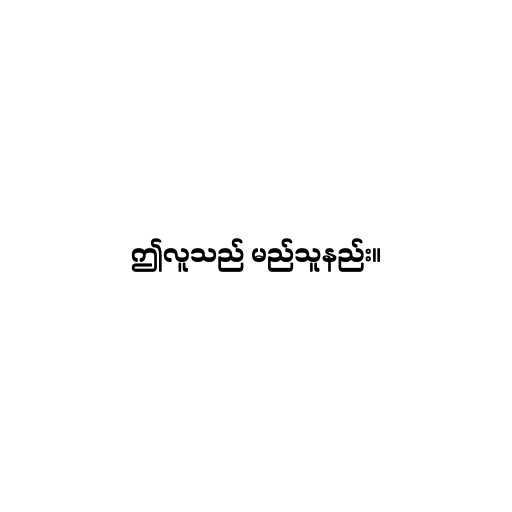
ဤလူသည် မည်သူနည်း။